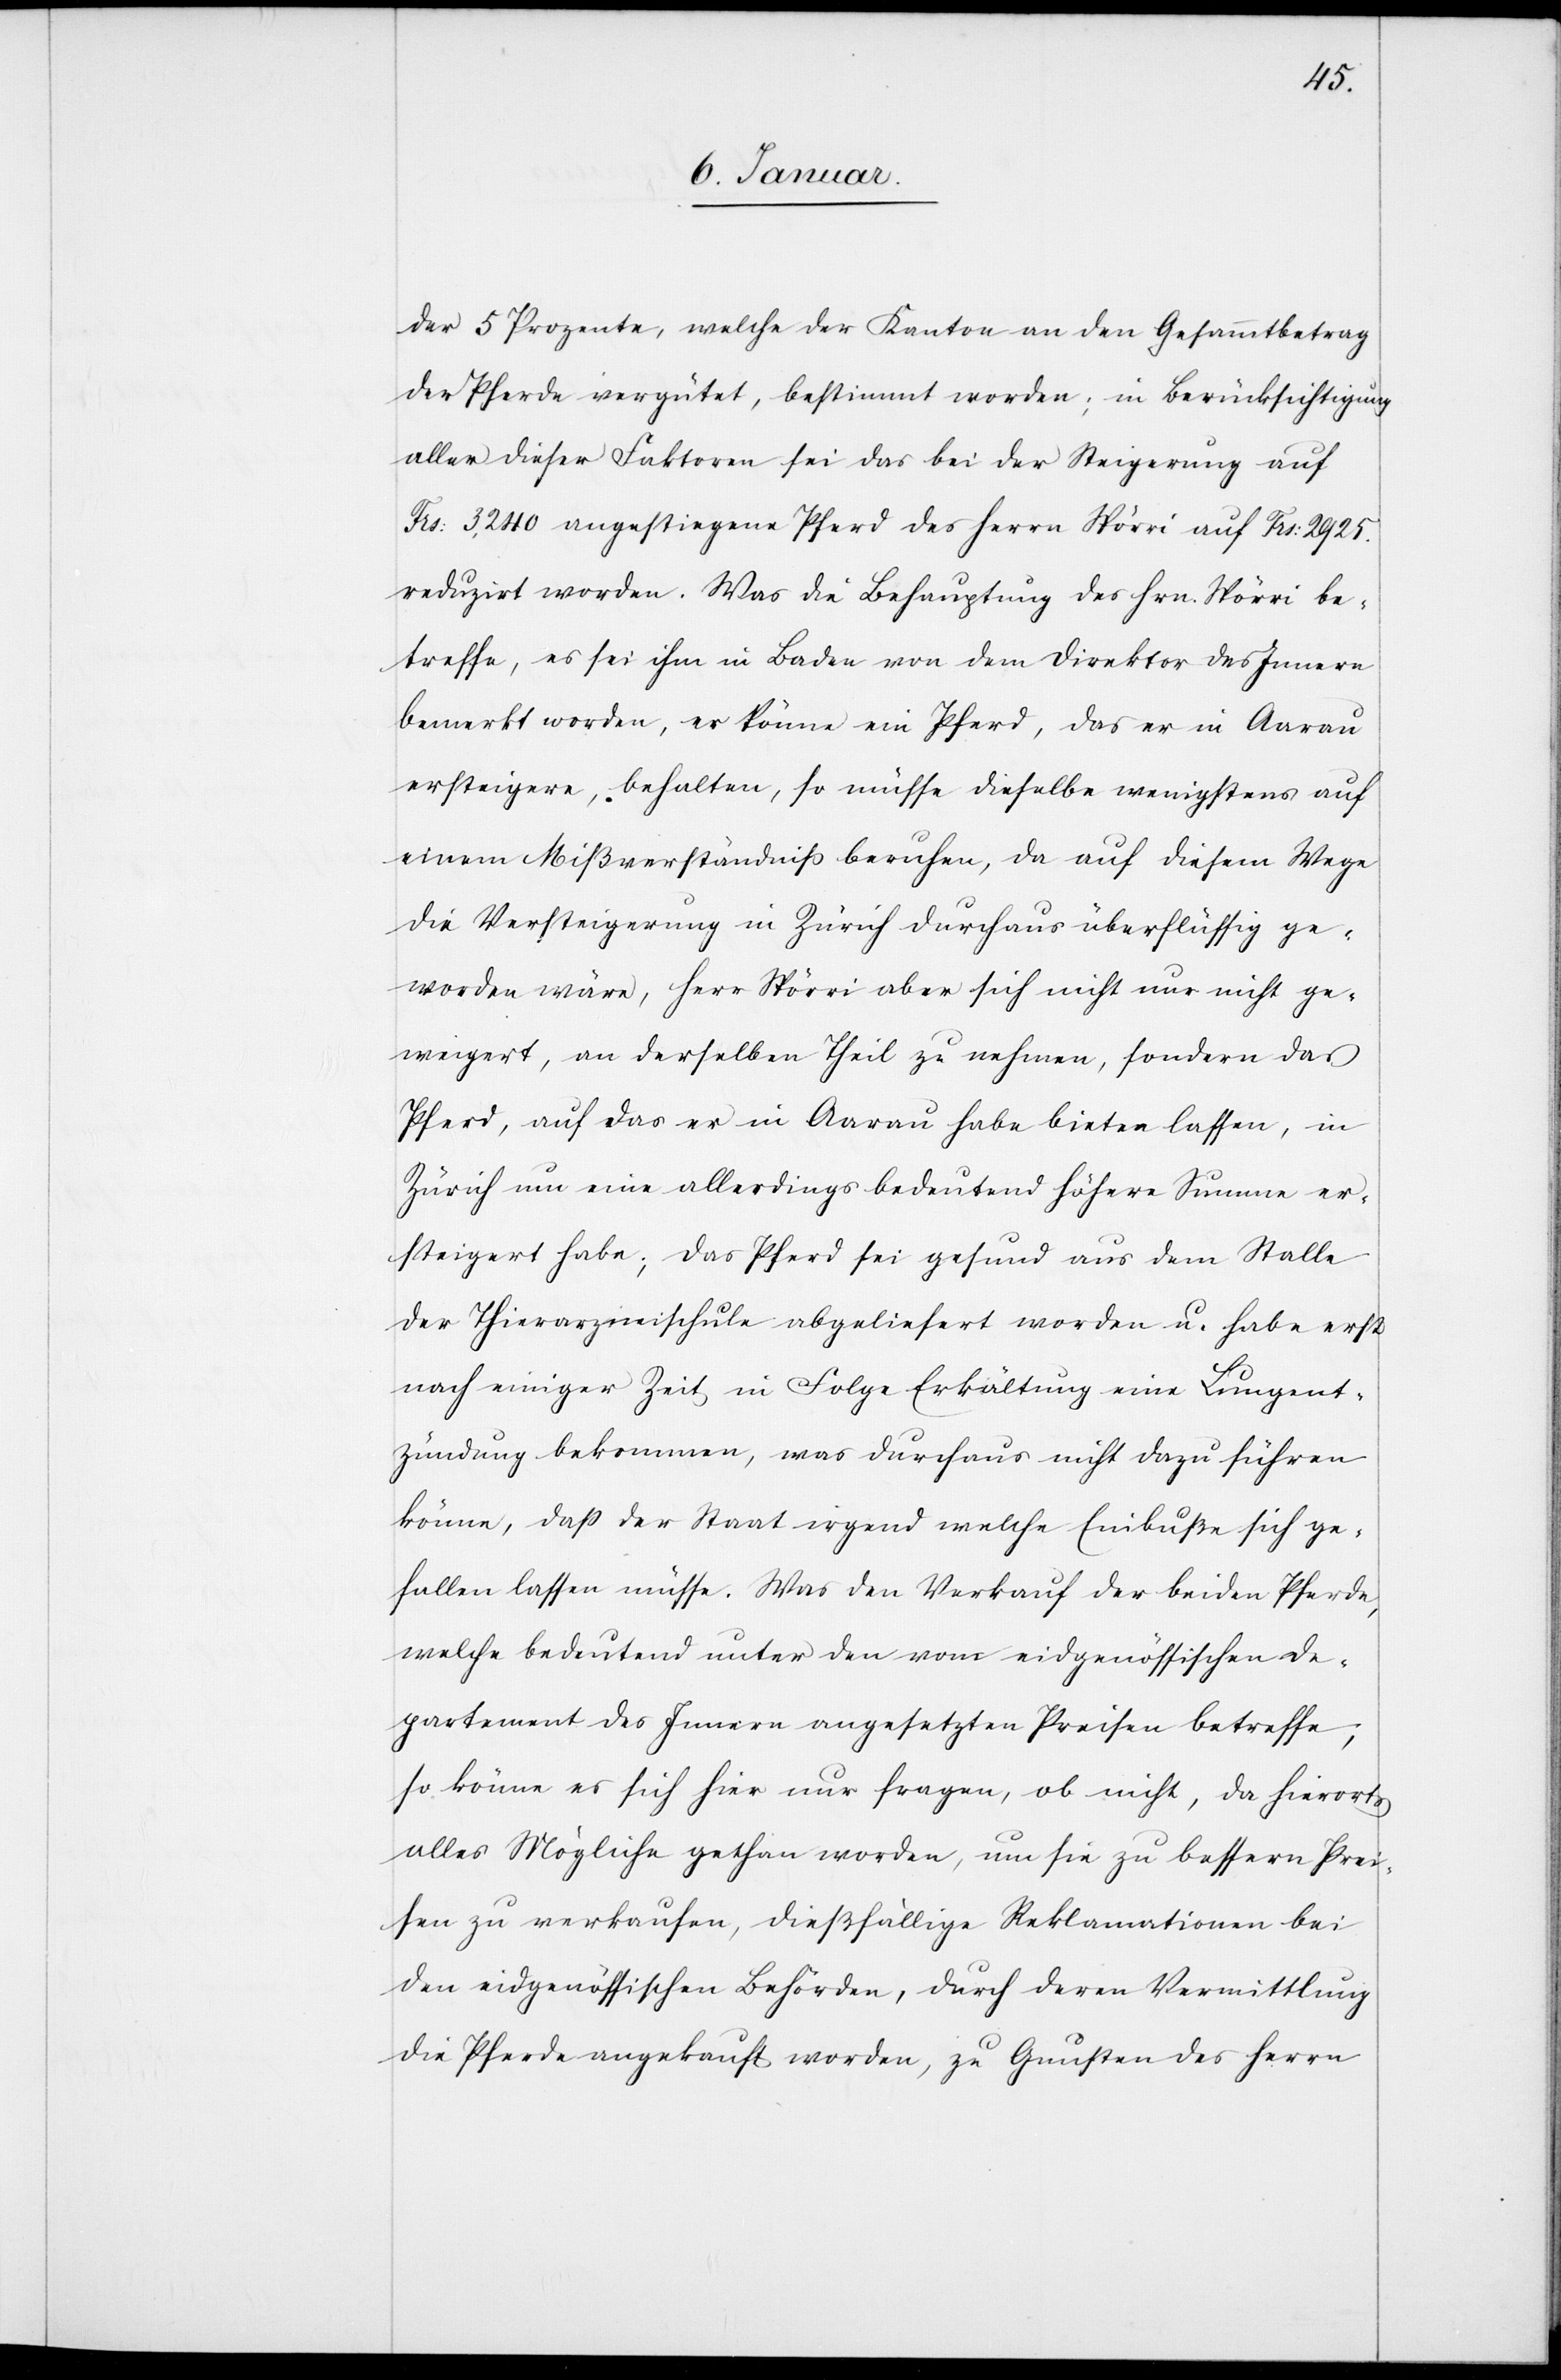
der 5 Prozente, welche der Kanton an den Gesammtbetrag
der Pferde vergütet, bestimmt worden; in Berücksichtigung
aller dieser Faktoren sei das bei der Steigerung auf
Frs: 3,240 angestiegene Pferd des Herrn Spörri auf Frs: 2925.
reduzirt worden. Was die Behauptung des Hrn. Spörri be¬
treffe, es sei ihm in Baden von dem Direktor des Innern
bemerkt worden, er könne ein Pferd, das er in Aarau
ersteigere, behalten, so müsse dieselbe wenigstens auf
einem Mißverständniß beruhen, da auf diesem Wege
die Versteigerung in Zürich durchaus überflüssig ge¬
worden wäre, Herr Spörri aber sich nicht nur nicht ge¬
weigert, an derselben Theil zu nehmen, sondern das
Pferd, auf das er in Aarau habe bieten lassen, in
Zürich um eine allerdings bedeutend höhere Summe er¬
steigert habe; das Pferd sei gesund aus dem Stalle
der Thierarzneischule abgeliefert worden u. habe erst
nach einiger Zeit in Folge Erkältung eine Lungent¬
zündung [sic!] bekommen, was durchaus nicht dazu führen
könne, daß der Staat irgend welche Einbuße sich ge¬
fallen lassen müsse. Was den Verkauf der beiden Pferde,
welche bedeutend unter den vom eidgenössischen De¬
partement des Innern angesetzten Preisen betreffe,
so könne es sich hier nur fragen, ob nicht, da hierorts
alles Mögliche gethan worden, um sie zu bessern Prei¬
sen zu verkaufen, dießfällige Reklamationen bei
den eidgenössischen Behörden, durch deren Vermittlung
die Pferde angekauft worden, zu Gunsten des Herrn